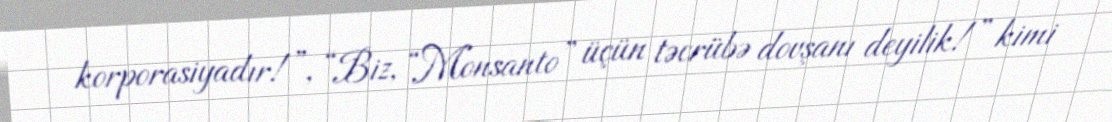
korporasiyadır!”, “Biz, “Monsanto” üçün təcrübə dovşanı deyilik!” kimi